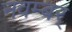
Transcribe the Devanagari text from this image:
नवम्बर्